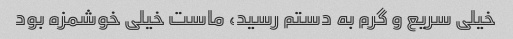
خیلی سریع و گرم به دستم رسید، ماست خیلی خوشمزه بود